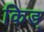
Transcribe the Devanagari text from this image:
किङ्